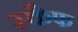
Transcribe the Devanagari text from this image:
स्कैफ